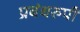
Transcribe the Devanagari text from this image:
प्रबंधरुपी